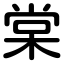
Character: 棠